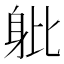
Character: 𨈚